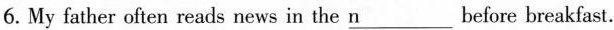
6. My father often reads news in the\underlinen before breakfast.